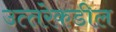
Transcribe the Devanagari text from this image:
उत्‍तरेकडील